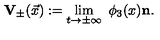
{ \mathbf { V } } _ { \pm } ( \vec { x } ) : = \lim _ { t \to \pm \infty } \ \phi _ { 3 } ( x ) { \mathbf { n } } .